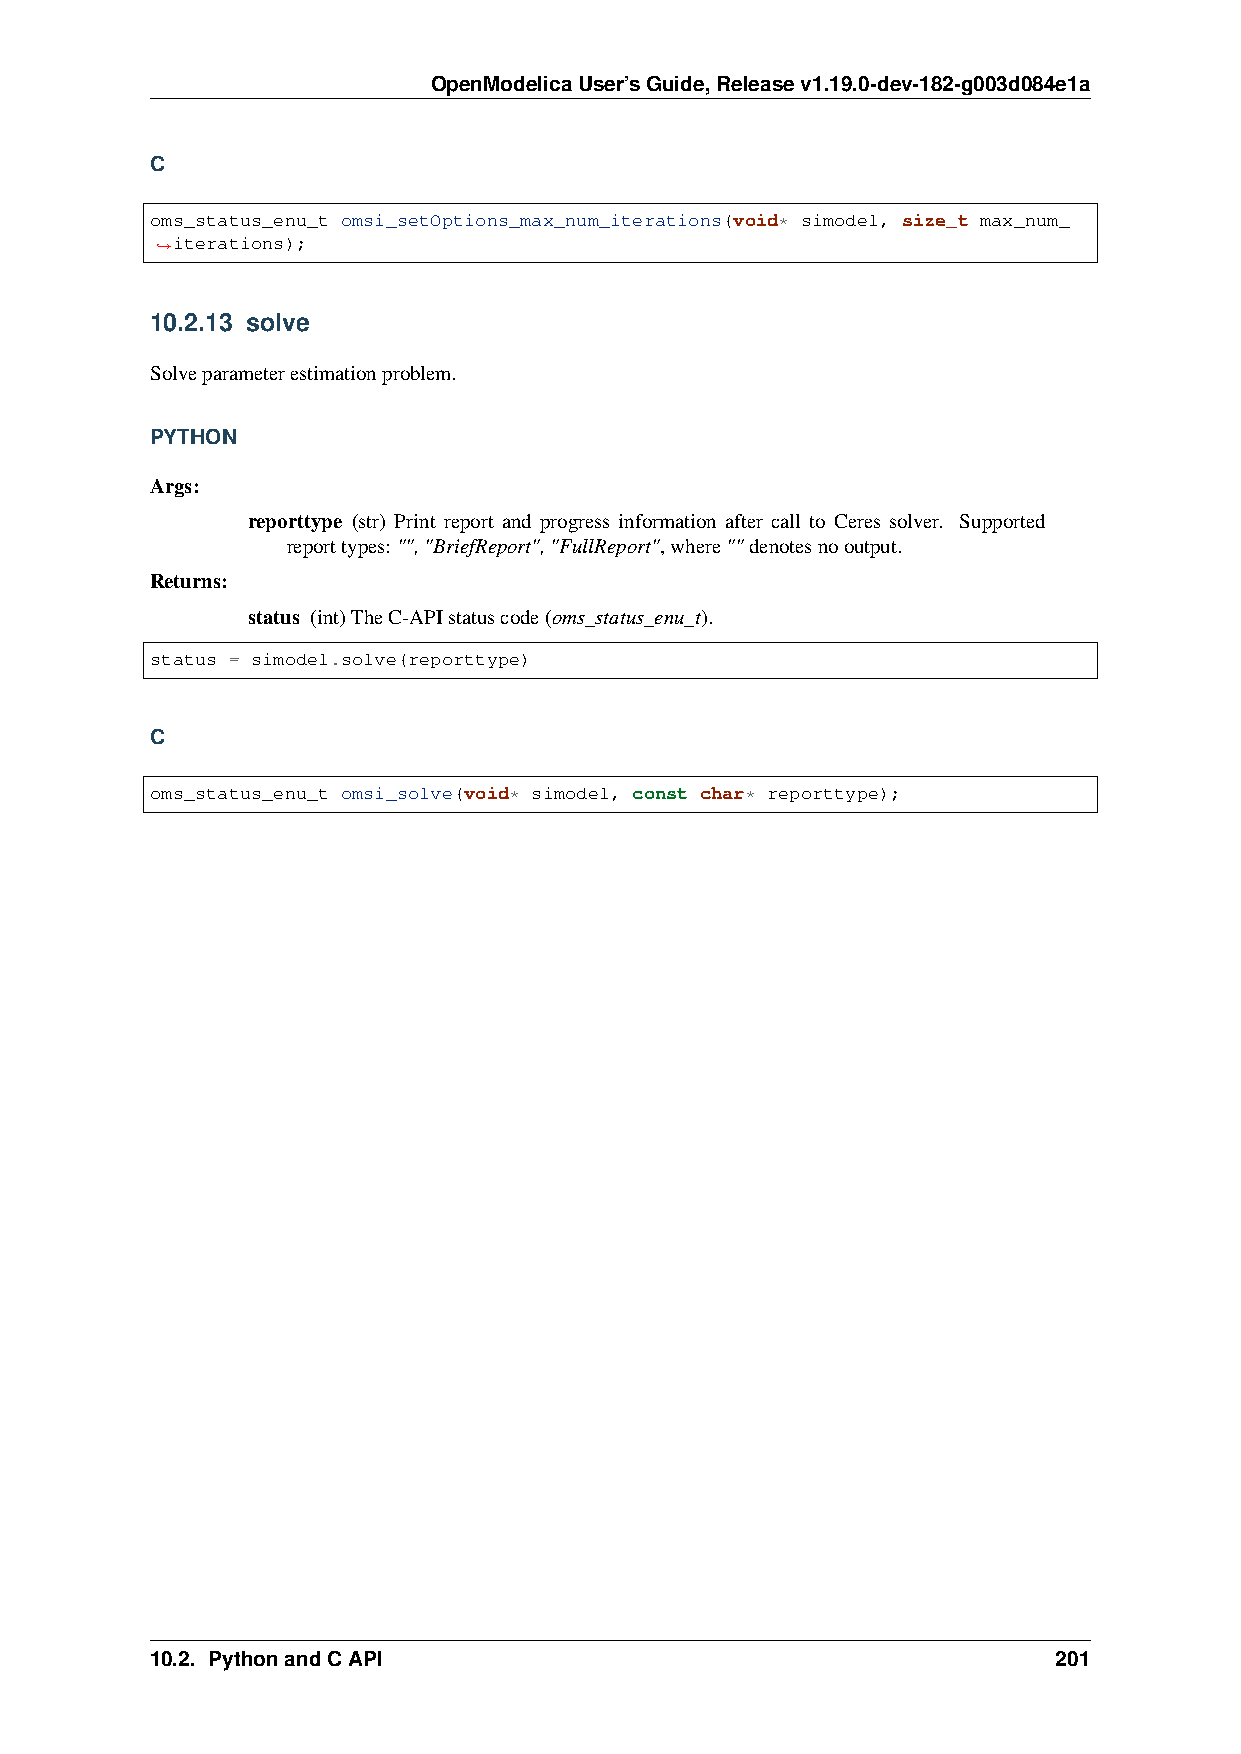
OpenModelicaUser’sGuide,Releasev1.19.0-dev-182-g003d084e1a
 C
 oms_status_enu_t omsi_setOptions_max_num_iterations(void* simodel, size_t max_num_
 iterations);
 ˓→
 10.2.13 solve
 Solveparameterestimationproblem.
 PYTHON
 Args:
 reporttype (str) Print report and progress information after call to Ceres solver. Supported
 reporttypes: "","BriefReport","FullReport",where""denotesnooutput.
 Returns:
 status (int)TheC-APIstatuscode(oms_status_enu_t).
 status = simodel.solve(reporttype)
 C
 oms_status_enu_t omsi_solve(void* simodel, const char* reporttype);
 10.2. PythonandCAPI                                         201